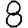
Digit: 8